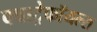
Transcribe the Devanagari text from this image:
क्वाट्रेफॉयल्स